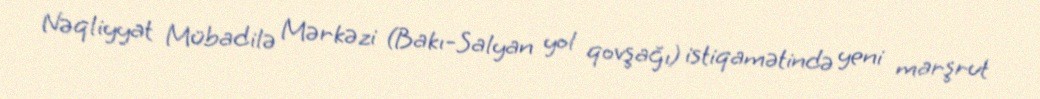
Nəqliyyat Mübadilə Mərkəzi (Bakı-Salyan yol qovşağı) istiqamətində yeni marşrut